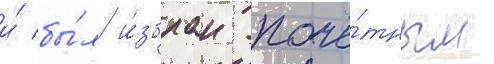
и́ бы́л и́збран почё́тным